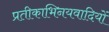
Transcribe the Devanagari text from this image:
प्रतीकाभिनयवादियों